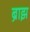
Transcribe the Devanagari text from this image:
ब्राझ